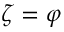
\zeta = \varphi